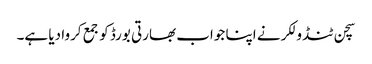
سچن ٹنڈولکر نے اپنا جواب بھارتی بورڈ کو جمع کروا دیا ہے۔